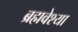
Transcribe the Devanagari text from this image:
ब्रह्मवेश्या